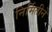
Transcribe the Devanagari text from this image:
निर्मितीने